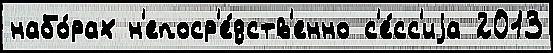
набо́рах н'епоср'е́дств'енно с'е́сс'иjа 2013